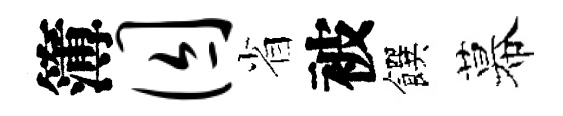
簿囚省被饌幕